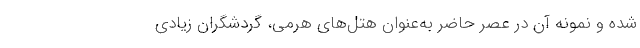
شده‌ و نمونه آن در عصر حاضر به‌عنوان هتل‌های هرمی، گردشگران زیادی